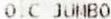
O.C JUMBO